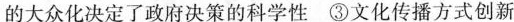
的大众化决定了政府决策的科学性 ③文化传播方式创新